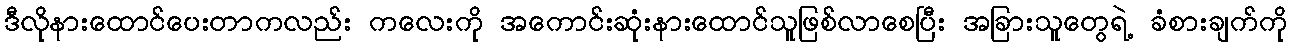
ဒီလိုနားထောင်ပေးတာကလည်း ကလေးကို အကောင်းဆုံးနားထောင်သူဖြစ်လာစေပြီး အခြားသူတွေရဲ့ ခံစားချက်ကို